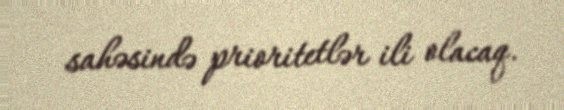
sahəsində prioritetlər ili olacaq.